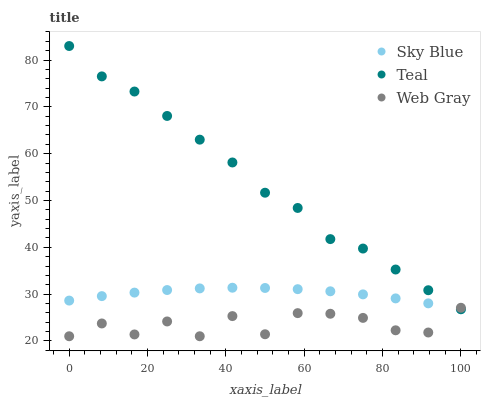
| xaxis_label | Sky Blue | Teal | Web Gray |
 | --- | --- | --- | --- |
 | 0 | 28.6 | 83 | 21 |
 | 8.33 | 29.6 | 76.5 | 23.7 |
 | 16.7 | 30.3 | 73.3 | 21.4 |
 | 25 | 30.9 | 68.1 | 24.2 |
 | 33.3 | 31.2 | 63 | 21 |
 | 41.7 | 31.4 | 58.1 | 25.3 |
 | 50 | 31.3 | 51.7 | 21.4 |
 | 58.3 | 31.1 | 48.4 | 25.9 |
 | 66.7 | 30.6 | 41.8 | 25.8 |
 | 75 | 29.9 | 39.7 | 24.9 |
 | 83.3 | 29.1 | 35.3 | 22.3 |
 | 91.7 | 28 | 30.8 | 21.8 |
 | 100 | 26.8 | 26.8 | 27.1 |